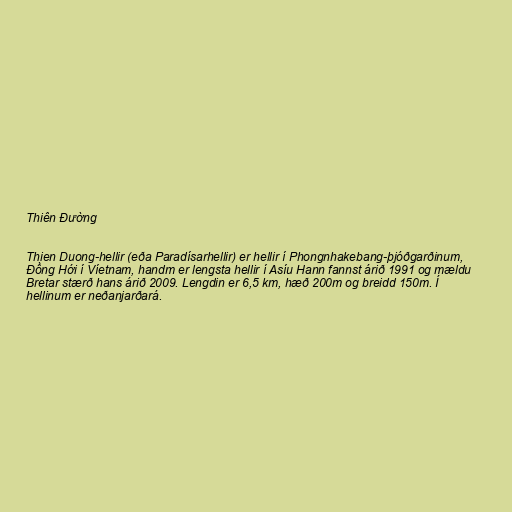
Thiên Đường

Thien Duong-hellir (eða Paradísarhellir) er hellir í Phongnhakebang-þjóðgarðinum,
Đồng Hới í Víetnam, handm er lengsta hellir í Asíu Hann fannst árið 1991 og mældu
Bretar stærð hans árið 2009. Lengdin er 6,5 km, hæð 200m og breidd 150m. Í
hellinum er neðanjarðará.